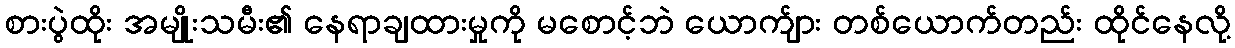
စားပွဲထိုး အမျိုးသမီး၏ နေရာချထားမှုကို မစောင့်ဘဲ ယောက်ျား တစ်ယောက်တည်း ထိုင်နေလို့